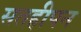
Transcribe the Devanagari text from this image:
सतहीपन